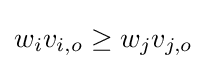
w_{i}v_{i,o}\geq w_{j}v_{j,o}